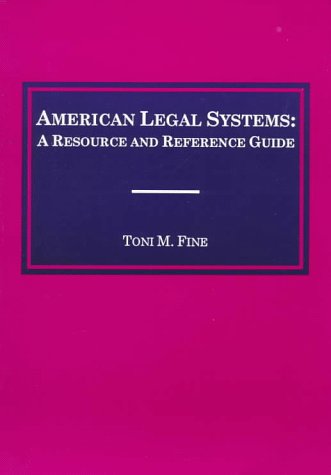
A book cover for American Legal Systems: A Resource and Reference Guide; Toni M. Fine; Law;